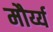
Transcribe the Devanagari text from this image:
मौर्य्य